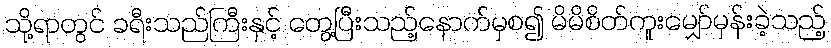
သို့ရာတွင် ခရီးသည်ကြီးနှင့် တွေ့ပြီးသည့်နောက်မှစ၍ မိမိစိတ်ကူးမျှော်မှန်းခဲ့သည့်